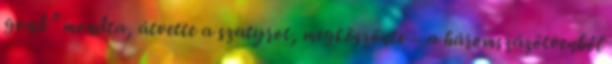
gond” mondta, átvette a szatyrot, megköszönte – a háromszázötvenből